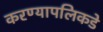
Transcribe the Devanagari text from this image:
करण्यापलिकडे